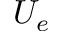
U _ { e }